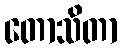
တောသိတာ